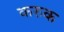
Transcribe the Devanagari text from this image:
करुक